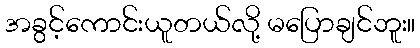
အခွင့်ကောင်းယူတယ်လို့ မပြောချင်ဘူး။